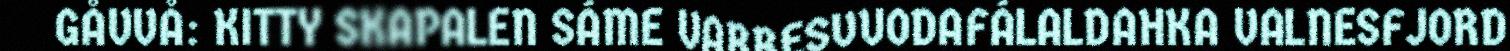
GÅVVÅ: KITTY SKAPALEN SÁME VARRESVUODAFÁLALDAHKA VALNESFJORD